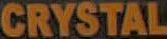
CRYSTAL